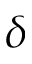
\delta